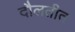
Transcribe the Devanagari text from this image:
दौलतीत